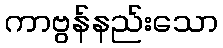
ကာဗွန်နည်းသော